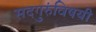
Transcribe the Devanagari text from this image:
सदगुरुंविषयी